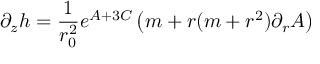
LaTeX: \partial _ { z } h = \frac { 1 } { r _ { 0 } ^ { 2 } } e ^ { A + 3 C } \left( m + r ( m + r ^ { 2 } ) \partial _ { r } A \right)